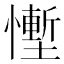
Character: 𪬷